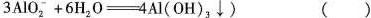
3AlO_{2}^{2-}+6H_{2}0=4Al(OH)_{3}v) ()